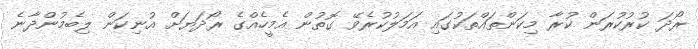
ރޯދަ ކުރުކުރަން ކުރާ މިކަންތައްތަކުގައި އަމަލުކުރެވޭ ގޮތުން އެމީހެއްގެ ރޯދަޔަށް އުނިކަން ލިބެމުންދާނެ